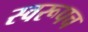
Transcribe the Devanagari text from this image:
स्वरूपच